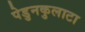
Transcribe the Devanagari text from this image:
पेडुनकुलाटा